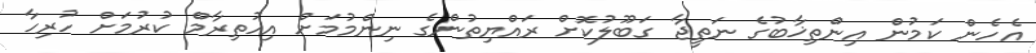
އެހެން ކަމުން އިންތިޚާބުގެ ނަތީޖާ ގަބޫލުކޮށް ރައްޔިތުންގެ ނިންމުމަށް އިހުތިރާމް ކުރުމަށް ހުރިހާ